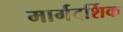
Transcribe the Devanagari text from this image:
मार्गदर्शिक